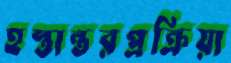
হস্তান্তরপ্রক্রিয়া